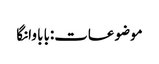
موضوعات:بابا وانگا